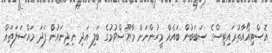
އޮސްޓިއޯއާތުރައިޓިސްގެ ސަބަބުން ބައެއް މީހުންނަށް މާޔޫސްވުމުގެ ބަލި އަދި ނިދިނައުން ފަދަ މައްސަލަތައް